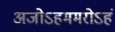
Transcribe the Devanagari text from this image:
अजोऽहममरोऽहं